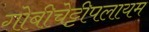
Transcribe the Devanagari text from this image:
गोबीचेट्टीपलायम